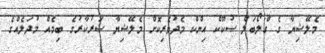
މެލޭޝިޔާ ގެ ގްލޯބަލް ޞުކޫކް އިންކް މެދުވެރިކޮށް މެލޭޝިޔާ ސަރުކާރުގެ ބިމެއް މުދަލެއްގެ